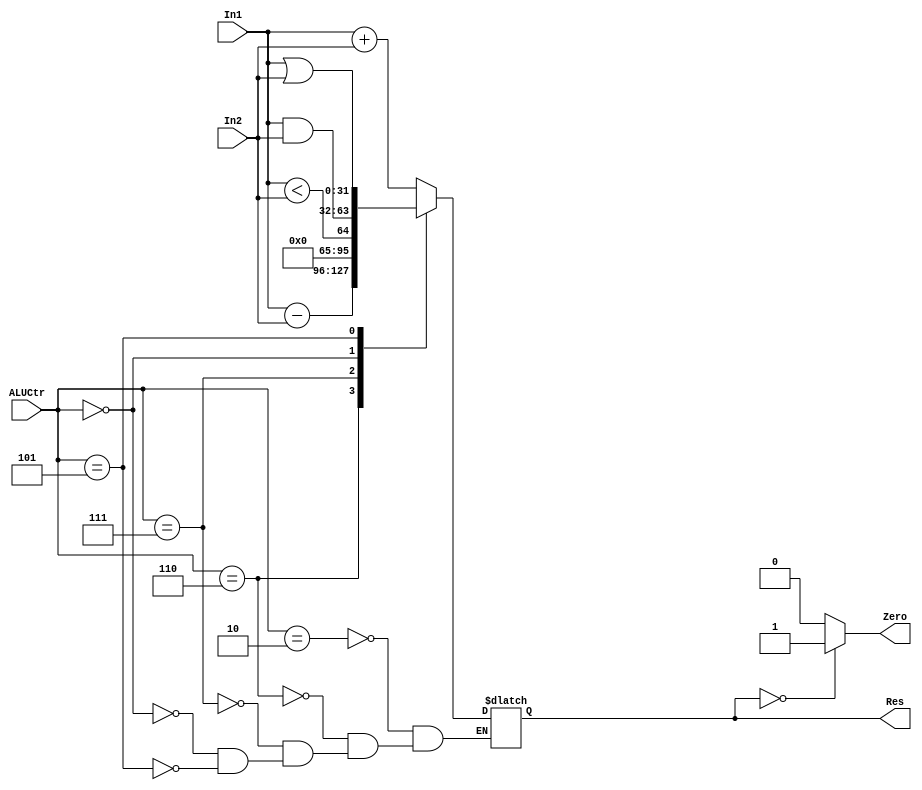
module ALU(input [31:0]In1,
        input [31:0]In2,
        input [3:0]ALUCtr,
        output reg [31:0]Res,
        output reg Zero);


    always@(*) begin
            case (ALUCtr)
                4'b0010: Res <= In1 + In2;
                4'b0110: Res <= In1 - In2;
                4'b0111: Res <= In1 < In2;
                4'b0000: Res <= In1 & In2;
                4'b0101: Res <= In1 | In2;
            endcase

            if (Res == 0)
                Zero = 1'b1;
            else
                Zero = 1'b0;
    end

    
endmodule